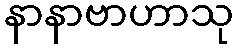
နာနာဗာဟာသု